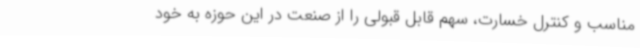
مناسب و کنترل خسارت، سهم قابل قبولی را از صنعت در این حوزه به خود